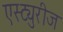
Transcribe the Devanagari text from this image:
एस्ट्युरीज